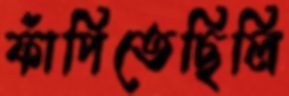
ফাঁপিতেছিলি